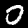
Label: 0